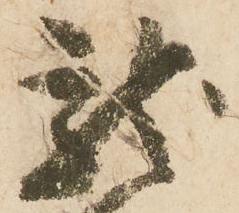
龍